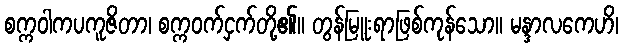
စက္ကဝါကပကူဇိတာ၊ စက္ကဝက်ငှက်တို့၏။ တွန်မြူးရာဖြစ်ကုန်သော။ မန္ဒာလကေဟိ၊